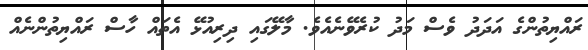
ރައްޔިތުންގެ އަދަދު ވެސް މަދު ކުރެވޭނެއެވެ. މާލޭގައި ދިރިއުޅޭ އެތައް ހާސް ރައްޔިތުންނެއް